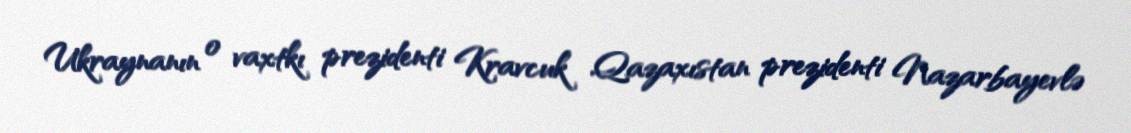
Ukraynanın o vaxtkı prezidenti Kravcuk Qazaxıstan prezidenti Nazarbayevlə